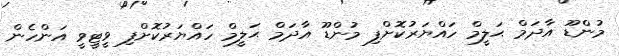
މުންޑޫ އާދަމް ޙަލީމް ހައްޔަރުކޮށްފި މުންޑޫ އާދަމް ޙަލީމް ހައްޔަރުކޮށްފި ވީޓީވީ އަންހެން